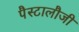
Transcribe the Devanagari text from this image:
पैस्टालौजी